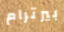
بيرترام